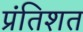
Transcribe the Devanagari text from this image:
प्रंतिशत